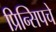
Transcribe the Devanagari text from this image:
प्रिन्सिपचे